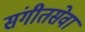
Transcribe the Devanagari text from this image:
संगीतसेवा